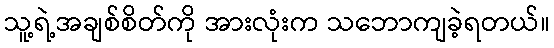
သူ့ရဲ့အချစ်စိတ်ကို အားလုံးက သဘောကျခဲ့ရတယ်။